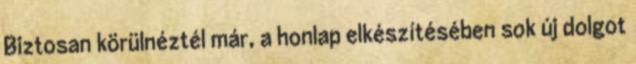
Biztosan körülnéztél már, a honlap elkészítésében sok új dolgot